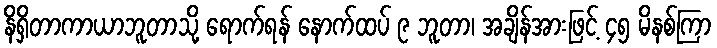
နိရှိတာကာယာဘူတာသို့ ရောက်ရန် နောက်ထပ် ၉ ဘူတာ၊ အချိန်အားဖြင့် ၄၅ မိနစ်ကြာ